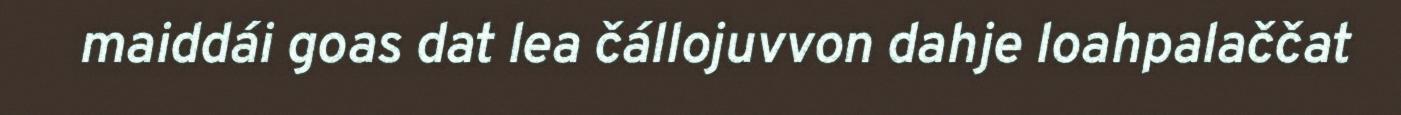
maiddái goas dat lea čállojuvvon dahje loahpalaččat